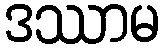
ဒဿာမ